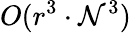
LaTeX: O(r^{3}\cdot\mathcal{N}^{3})